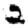
Digit: 2